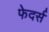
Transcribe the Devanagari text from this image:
फेदर्स